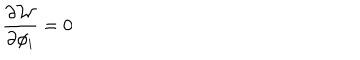
LaTeX: \frac { \partial { \cal W } } { \partial \phi _ { i } } = 0